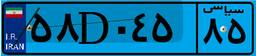
۷۳D۷۲۲۱۶